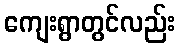
ကျေးရွာတွင်လည်း